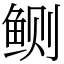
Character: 鲗